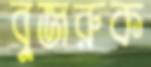
বুজরুক